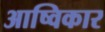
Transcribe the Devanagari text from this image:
आष्विकार